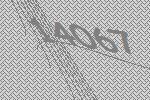
14067